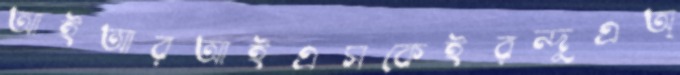
আইআরআইএসকেইরন্দুএঅ্